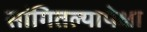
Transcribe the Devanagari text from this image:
सांगितल्यापेक्षा